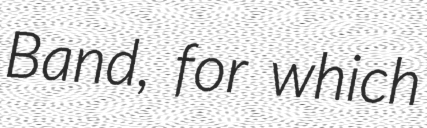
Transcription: Band, for which